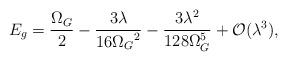
LaTeX: \begin{align*}E_g = \frac{\Omega_G}{2}- \frac{3\lambda}{16{\Omega_{G}}^2 }- \frac{3 \lambda^2}{128 \Omega_G^5} + {\cal O} (\lambda^3),\end{align*}